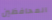
المحافظين